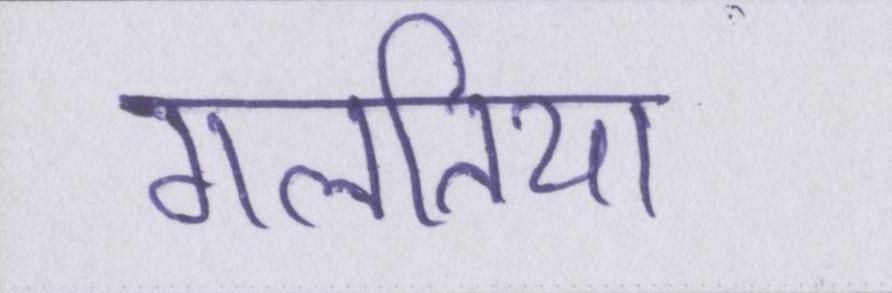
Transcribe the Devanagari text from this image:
गलतिया